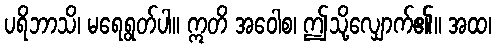
ပရိဘာသိ၊ မရေရွတ်ပါ။ ဣတိ အဝေါစ၊ ဤသို့လျှောက်၏။ အထ၊